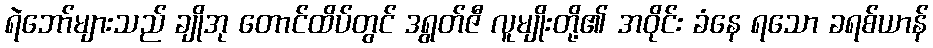
ရဲဘော်များသည် ချိုအု တောင်ထိပ်တွင် ဒရွတ်ဇီ လူမျိုးတို့၏ အဝိုင်း ခံနေ ရသော ခရစ်ယာန်